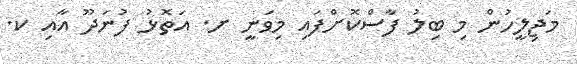
މަޖިލީހުން މި ބިލު ފާސްކޮށްފައި މިވަނީ ށ. އަތޮޅު ފުނަދޫ އާއި ކ.